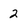
Character: 2